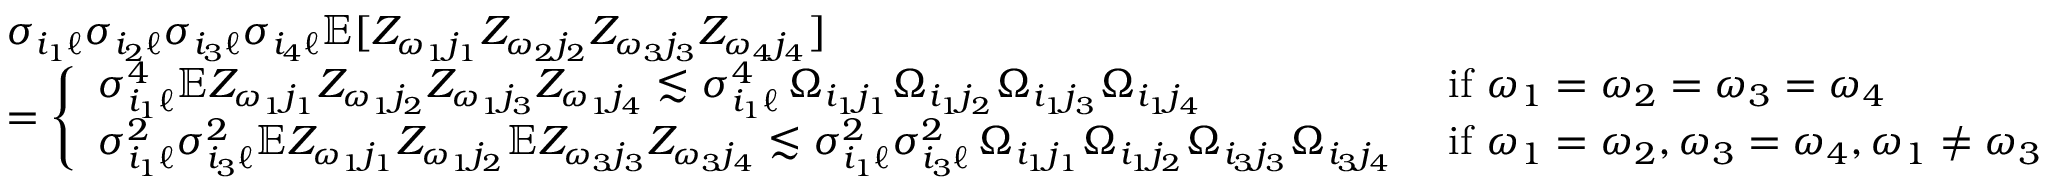
\begin{array} { r l } & { \sigma _ { i _ { 1 } \ell } \sigma _ { i _ { 2 } \ell } \sigma _ { i _ { 3 } \ell } \sigma _ { i _ { 4 } \ell } \mathbb { E } [ Z _ { \omega _ { 1 } j _ { 1 } } Z _ { \omega _ { 2 } j _ { 2 } } Z _ { \omega _ { 3 } j _ { 3 } } Z _ { \omega _ { 4 } j _ { 4 } } ] } \\ & { = \left\{ \begin{array} { l l } { \sigma _ { i _ { 1 } \ell } ^ { 4 } \mathbb { E } Z _ { \omega _ { 1 } j _ { 1 } } Z _ { \omega _ { 1 } j _ { 2 } } Z _ { \omega _ { 1 } j _ { 3 } } Z _ { \omega _ { 1 } j _ { 4 } } \lesssim \sigma _ { i _ { 1 } \ell } ^ { 4 } \, \Omega _ { i _ { 1 } j _ { 1 } } \Omega _ { i _ { 1 } j _ { 2 } } \Omega _ { i _ { 1 } j _ { 3 } } \Omega _ { i _ { 1 } j _ { 4 } } } & { \mathrm { ~ i f ~ } \omega _ { 1 } = \omega _ { 2 } = \omega _ { 3 } = \omega _ { 4 } } \\ { \sigma _ { i _ { 1 } \ell } ^ { 2 } \sigma _ { i _ { 3 } \ell } ^ { 2 } \mathbb { E } Z _ { \omega _ { 1 } j _ { 1 } } Z _ { \omega _ { 1 } j _ { 2 } } \mathbb { E } Z _ { \omega _ { 3 } j _ { 3 } } Z _ { \omega _ { 3 } j _ { 4 } } \lesssim \sigma _ { i _ { 1 } \ell } ^ { 2 } \sigma _ { i _ { 3 } \ell } ^ { 2 } \, \Omega _ { i _ { 1 } j _ { 1 } } \Omega _ { i _ { 1 } j _ { 2 } } \Omega _ { i _ { 3 } j _ { 3 } } \Omega _ { i _ { 3 } j _ { 4 } } } & { \mathrm { ~ i f ~ } \omega _ { 1 } = \omega _ { 2 } , \omega _ { 3 } = \omega _ { 4 } , \omega _ { 1 } \neq \omega _ { 3 } } \end{array} \right. } \end{array}